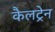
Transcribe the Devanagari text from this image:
कैलट्रेन